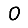
Digit: 0